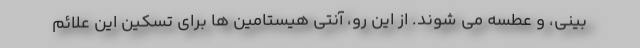
بینی، و عطسه می شوند. از این رو، آنتی هیستامین ها برای تسکین این علائم